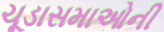
ચૂડાસમાઓની